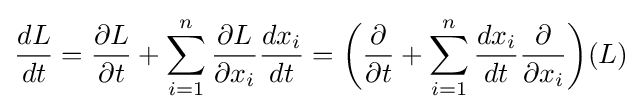
{\frac {dL}{dt}}={\frac {\partial L}{\partial t}}+\sum _{i=1}^{n}{\frac {\partial L}{\partial x_{i}}}{\frac {dx_{i}}{dt}}={\biggl (}{\frac {\partial }{\partial t}}+\sum _{i=1}^{n}{\frac {dx_{i}}{dt}}{\frac {\partial }{\partial x_{i}}}{\biggr )}(L)